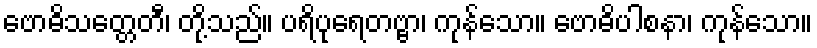
ဗောဓိသတ္တေတီ၊ တို့သည်။ ပရိပုရေတဗ္ဗာ၊ ကုန်သော။ ဗောဓိပါစနာ၊ ကုန်သော။